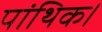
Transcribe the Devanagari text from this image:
पांथिक।